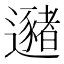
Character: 𰻛